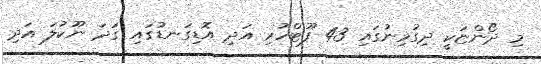
މި ދޯންޏަކީ ދިގުމިނުގައި 43 ފޫޓްހުރި އަދި އޮޑިގަނޑުގައި ގަދަ ނޫކުލަ އަދި